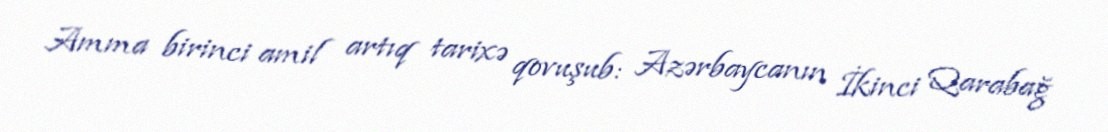
Amma birinci amil artıq tarixə qovuşub: Azərbaycanın İkinci Qarabağ